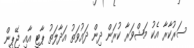
ސަރުކާރާ އެކު މަޝްވަރާ ކުރަން ދިން ދައުވަތު އަދާލަތު ޕާޓީ އާއި ޖޭޕީން